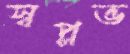
স্বপ্নভ